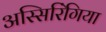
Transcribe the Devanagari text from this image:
अस्सिरिंगिया